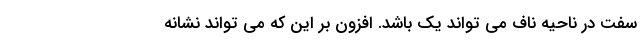
سفت در ناحیه ناف می تواند یک باشد. افزون بر این که می تواند نشانه